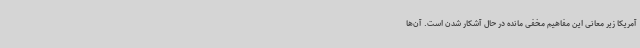
آمریکا زیر معانی این مفاهیم مخفی مانده در حال آشکار شدن است. آن‌ها